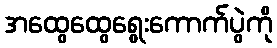
အထွေထွေရွေးကောက်ပွဲကို